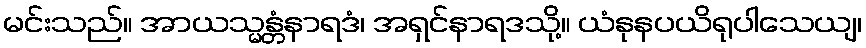
မင်းသည်။ အာယသ္မန္တံနာရဒံ၊ အရှင်နာရဒသို့။ ယံနုနပယိရုပါသေယျ၊